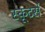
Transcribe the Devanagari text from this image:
स्कूटर्स